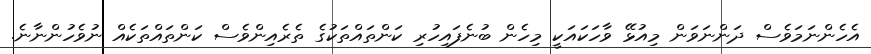
އެހެންނަމަވެސް ދަންނަވަން މިއުޅޭ ވާހަކައަކީ މިހެން ބުނެފައިހުރި ކަންތައްތަކުގެ ތެރެއިންވެސް ކަންތައްތަކެއް ނުވެހުންނާނެ.